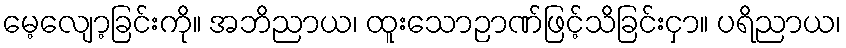
မေ့လျော့ခြင်းကို။ အဘိညာယ၊ ထူးသောဉာဏ်ဖြင့်သိခြင်းငှာ။ ပရိညာယ၊